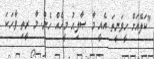
"ކަލޭއަށް ހީވަނީތަ އެއީ މާ ޞާލިޙު މީހެއް ހެން. މާ ރީތި ވާހަކަ